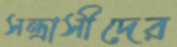
সন্ত্রাসীদের